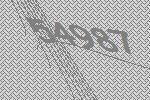
54987